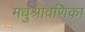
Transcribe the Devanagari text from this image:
मधुश्रावणिका